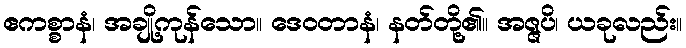
ဧကစ္စာနံ၊ အချို့ကုန်သော။ ဒေဝတာနံ၊ နတ်တို့၏။ အဇ္ဇပိ၊ ယခုလည်း။